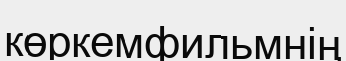
көркемфильмнің